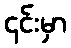
၄င်းမှာ